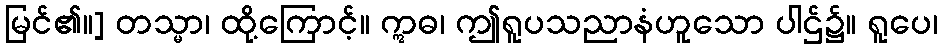
မြင်၏။] တသ္မာ၊ ထို့ကြောင့်။ ဣဓ၊ ဤရူပသညာနံဟူသော ပါဌ်၌။ ရူပေ၊